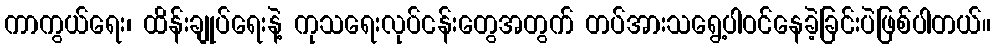
ကာကွယ်ရေး၊ ထိန်းချုပ်ရေးနဲ့ ကုသရေးလုပ်ငန်းတွေအတွက် တပ်အားသရွေ့ပါဝင်နေခဲ့ခြင်းပဲဖြစ်ပါတယ်။